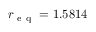
r _ { \mathrm { ~ e ~ q ~ } } = 1 . 5 8 1 4